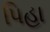
પિહા